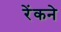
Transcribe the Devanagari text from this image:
रेंकने